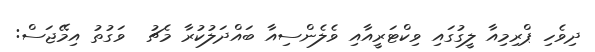
ދިވެހި ޕްރިމިއާ ލީގުގައި ވިކްޓަރީއާއި ވެލެންސިއާ ބައްދަލުކުރާ މެޗު  ވަގުތު އިމޭޖަސް: